Calcutta medical institutions reports 1892-1900
Year: 1892
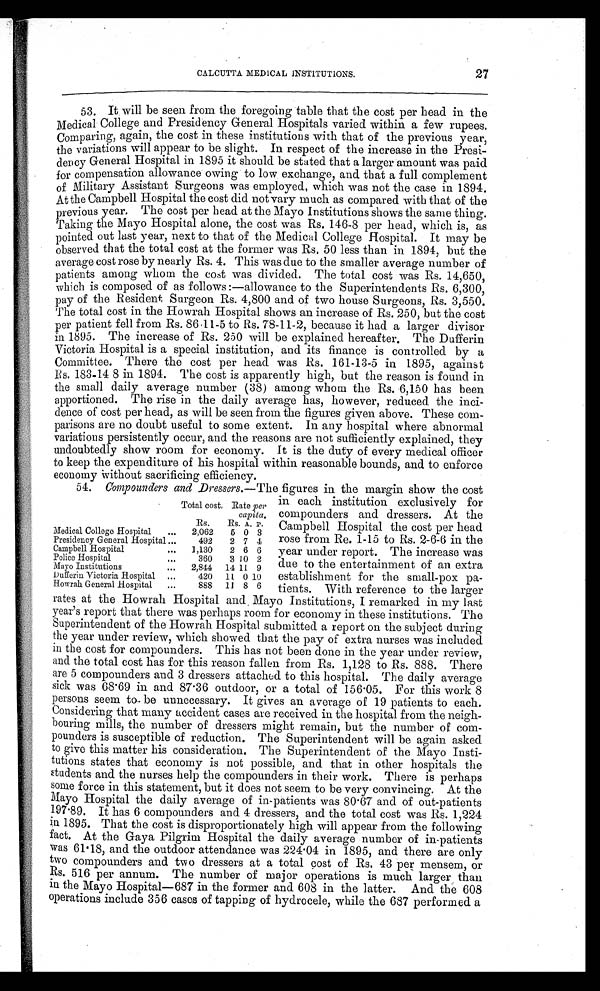
CALCUTTA MEDICAL INSTITUTIONS.
27
53. It will be seen from the foregoing table that the cost per head in the
Medical College and Presidency General Hospitals varied within a few rupees.
Comparing, again, the cost in these institutions with that of the previous year,
the variations will appear to be slight. In respect of the increase in the Presi-
dency General Hospital in 1895 it should be stated that a larger amount was paid
for compensation allowance owing to low exchange, and that a full complement
of Military Assistant Surgeons was employed, which was not the case in 1894.
At the Campbell Hospital the cost did not vary much as compared with that of the
previous year. The cost per head at the Mayo Institutions shows the same thing.
Taking the Mayo Hospital alone, the cost was Rs. 146-8 per head, which is, as
pointed out last year, next to that of the Medical College Hospital. It may be
observed that the total cost at the former was Rs. 50 less than in 1894, but the
average cost rose by nearly Rs. 4. This was due to the smaller average number of
patients among whom the cost was divided. The total cost was Rs. 14,650,
which is composed of as follows:—allowance to the Superintendents Rs. 6,300,
p a y o f t h e Re s i d e n t S u r g e o n Rs . 4 , 8 0 0 a n d o f t wo h o u s e S u r g e o n s , Rs . 3 , 5 5 0 .
The total cost in the Howrah Hospital shows an increase of Rs. 250, but the cost
per patient fell from Rs. 86-11-5 to Rs. 78-11-2, because it had a larger divisor
in 1895. The increase of Rs. 250 will be explained hereafter. The Dufferin
Victoria Hospital is a special institution, and its finance is controlled by a
Committee. There the cost per head was Rs. 161-13-5 in 1895, against
Rs. 183-14 8 in 1894. The cost is apparently high, but the reason is found in
the small daily average number (38) among whom the Rs. 6,150 has been
apportioned. The rise in the daily average has, however, reduced the inci-
dence of cost per head, as will be seen from the figures given above. These com-
parisons are no doubt useful to some extent. In any hospital where abnormal
variations persistently occur, and the reasons are not sufficiently explained, they
undoubtedly show room for economy. It is the duty of every medical officer
to keep the expenditure of his hospital within reasonable bounds, and to enforce
economy without sacrificing efficiency.
54. Compounders and Dressers.—The figures in the margin show the cost
Total cost, Rate per
capita.
Rs. Rs. A. P.
Medical College Hospital
2,062 5 0 3
Presidency General Hospital
492 2 7 4
Campbell Hospital
1,130 2 6 6
Police Hospital
360 3 10 2
Mayo Institutions
2,844 14 1 9
Dufferin Victoria Hospital 420 11 0 1 0
Howrah General Hospital 888 11 8 6
in each institution exclusively for
compounders and dressers. At the
Campbell Hospital the cost per head
rose from Re. 1-15 to Rs. 2-6-6 in the
year under report. The increase was
due to the entertainment of an extra
establishment for the small-pox pa-
tients. With reference to the larger
rates at the Howrah Hospital and Mayo Institutions, I remarked in my last
year's report that there was perhaps room for economy in these institutions. The
Superintendent of the Howrah Hospital submitted a report on the subject during
the year under review, which showed that the pay of extra nurses was included
in the cost for compounders. This has not been done in the year under review,
and the total cost has for this reason fallen from Rs. 1,128 to Rs. 888. There
are 5 compounders and 3 dressers attached to this hospital. The daily average
sick was 68.69 in and 87.36 outdoor, or a total of 156.05. For this work 8
persons seem to be unnecessary. It gives an average of 19 patients to each.
Considering that many accident cases are received in the hospital from the neigh-
bouring mills, the number of dressers might remain, but the number of com-
pounders is susceptible of reduction. The Superintendent will be again asked
to give this matter his consideration. The Superintendent of the Mayo Insti-
tutions states that economy is not possible, and that in other hospitals the
students and the nurses help the compounders in their work. There is perhaps
some force in this statement, but it does not seem to be very convincing. At the
Mayo Hospital the daily average of in-patients was 80.67 and of out-patients
197.89. It has 6 compounders and 4 dressers, and the total cost was Rs. 1,224
in 1895. That the cost is disproportionately high will appear from the following
fact. At the Gaya Pilgrim Hospital the daily average number of in-patients
was 61.18, and the outdoor attendance was 224.04 in 1895, and there are only
two compounders and two dressers at a total cost of Rs. 43 per mensem, or
Rs. 516 per annum. The number of major operations is much larger than
in the Mayo Hospital—687 in the former and 608 in the latter. And the 608
operations include 356 cases of tapping of hydrocele, while the 687 performed a